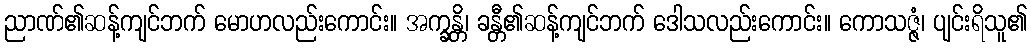
ညာဏ်၏ဆန့်ကျင်ဘက် မောဟလည်းကောင်း။ အက္ခန္တိ၊ ခန္တီ၏ဆန့်ကျင်ဘက် ဒေါသလည်းကောင်း။ ကောသဇ္ဇံ၊ ပျင်းရိသူ၏